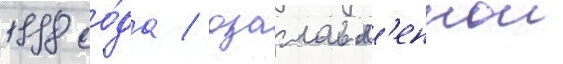
1998 го́да / озаглавл'еннои